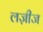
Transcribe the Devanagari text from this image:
लज़ीज